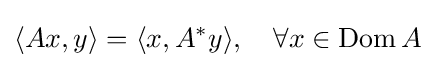
\langle Ax,y\rangle =\langle x,A^{*}y\rangle ,\quad \forall x\in \operatorname {Dom} A